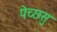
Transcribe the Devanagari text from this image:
पेच्छसु